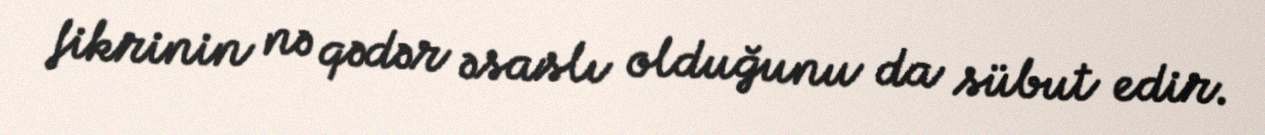
fikrinin nə qədər əsaslı olduğunu da sübut edir.